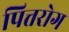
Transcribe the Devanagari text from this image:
पित्तरोग